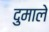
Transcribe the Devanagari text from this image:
दुमाले